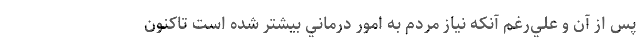
پس از آن و علي‌رغم آنكه نياز مردم به امور درماني بيشتر شده است تاكنون